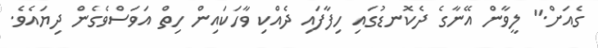
ގެއަށް." ލީވާން އޭނާގެ ދެކޮނޑުގައި ހިފާފައި ދެއްކި ވާހަކައިން ހިތް އަވަސްވެގެން ދިޔައެވެ.